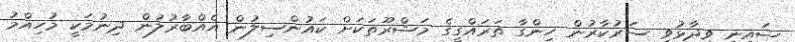
ޝައިނީ ވިދާޅުވީ ސަރުކާރުން ހިންގާ ތަރައްގީގެ މަޝްރޫތަކަށް ކައުންސިލުން އެއްބާރުލުން ދިނުމަކީ މުހިއްމު